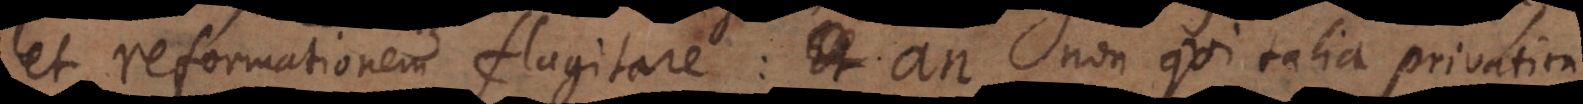
et reformationem flagitare: Et an non qui talia privatim